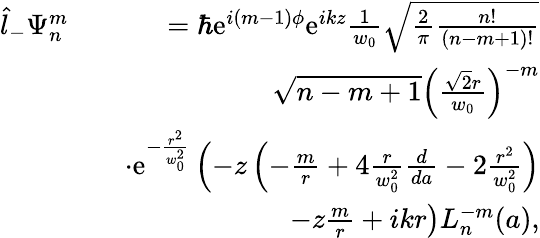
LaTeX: \begin{array}{rlr}{\hat{l}_{-}\Psi_{n}^{m}}&{}&{=\hbar\mathrm{e}^{i(m-1)\phi}\mathrm{e}^{ikz}\frac{1}{w_{0}}\sqrt{\frac{2}{\pi}\frac{n!}{(n-m+1)!}}}\\ &{}&{\sqrt{n-m+1}\left(\frac{\sqrt{2}r}{w_{0}}\right)^{-m}}\\ &{}&{\cdot\mathrm{e}^{-\frac{r^{2}}{w_{0}^{2}}}\left(-z\left(-\frac{m}{r}+4\frac{r}{w_{0}^{2}}\frac{d}{da}-2\frac{r^{2}}{w_{0}^{2}}\right)\right.}\\ &{}&{\left.-z\frac{m}{r}+ikr\right)L_{n}^{-m}(a),}\end{array}